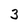
Character: 3